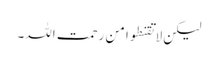
لیکن لا تقنطوا من رحمت اللہ۔